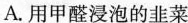
A.用甲醛浸泡的韭菜